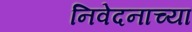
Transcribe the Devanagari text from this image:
निवेदनाच्या